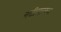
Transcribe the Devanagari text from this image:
नळीसारख्या